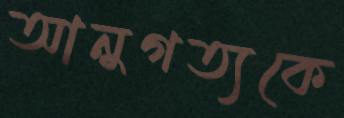
আনুগত্যকে